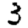
Digit: 3